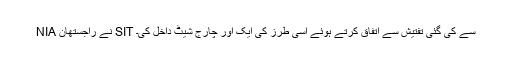
NIA نے راجستھان SIT سے کی گئی تفتیش سے اتفاق کرتے ہوئے اسی طرز کی ایک اور چارج شیٹ داخل کی۔